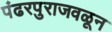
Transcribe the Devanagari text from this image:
पंढरपुराजवळून